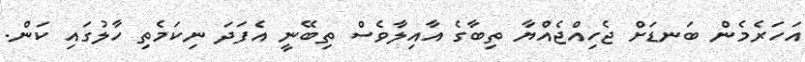
އަހަރެމެން ބަނޑަށް ޖެހިއްޖެއްޔާ ތިބާގެ އާއިލާވެސް ތިބޭނީ އެފަދަ ނިކަމެތި ހާލުގައި ކަން.